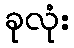
ခုလုံး